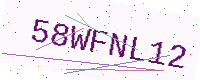
Text: 58WFNL12